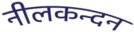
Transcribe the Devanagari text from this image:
नीलकन्दन